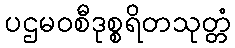
ပဌမဝစီဒုစ္စရိတသုတ္တံ